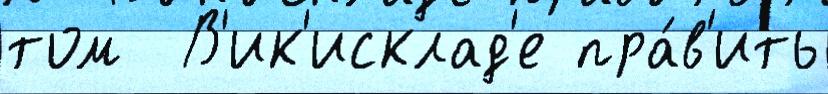
том  В'ик'исклад'е пра́в'ить